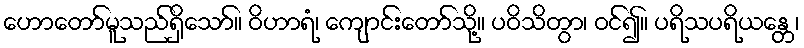
ဟောတော်မူသည်ရှိသော်။ ဝိဟာရံ၊ ကျောင်းတော်သို့။ ပဝိသိတွာ၊ ဝင်၍။ ပရိသပရိယန္တေ၊